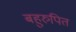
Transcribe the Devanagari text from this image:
बहुरुपित